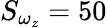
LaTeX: S_{\omega_{z}}=50